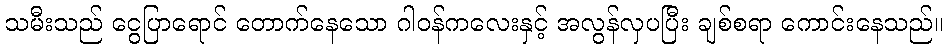
သမီးသည် ငွေပြာရောင် တောက်နေသော ဂါဝန်ကလေးနှင့် အလွန်လှပပြီး ချစ်စရာ ကောင်းနေသည်။